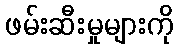
ဖမ်းဆီးမှုများကို